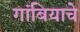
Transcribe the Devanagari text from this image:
गांबियाचे